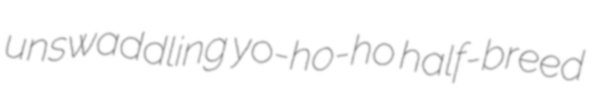
unswaddling yo-ho-ho half-breed